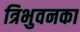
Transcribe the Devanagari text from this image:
त्रिभुवनका